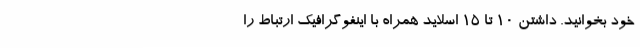
خود بخوانید. داشتن 10 تا 15 اسلاید همراه با اینفوگرافیک ارتباط را